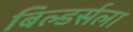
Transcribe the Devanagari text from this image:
बिल्डर्सला